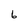
Character: 6